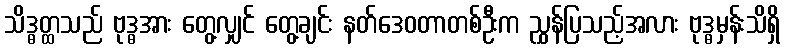
သိဒ္ဓတ္ထသည် ဗုဒ္ဓအား တွေ့လျှင် တွေ့ချင်း နတ်ဒေဝတာတစ်ဦးက ညွှန်ပြသည့်အလား ဗုဒ္ဓမှန်းသိရှိ